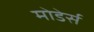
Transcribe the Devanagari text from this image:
मोडेर्स